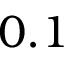
0 . 1